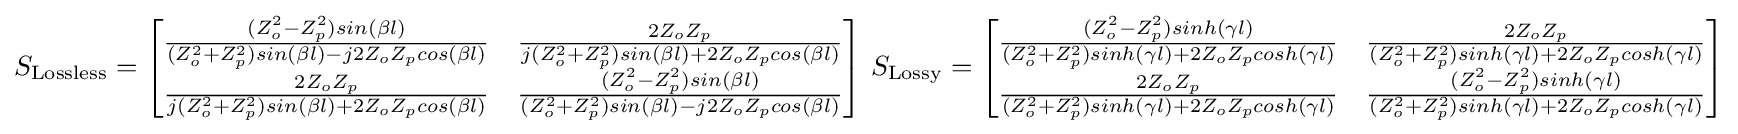
S_{\text{Lossless}}={\begin{bmatrix}{\frac {(Z_{o}^{2}-Z_{p}^{2})sin(\beta l)}{(Z_{o}^{2}+Z_{p}^{2})sin(\beta l)-j2Z_{o}Z_{p}cos(\beta l)}}&{\frac {2Z_{o}Z_{p}}{j(Z_{o}^{2}+Z_{p}^{2})sin(\beta l)+2Z_{o}Z_{p}cos(\beta l)}}\\{\frac {2Z_{o}Z_{p}}{j(Z_{o}^{2}+Z_{p}^{2})sin(\beta l)+2Z_{o}Z_{p}cos(\beta l)}}&{\frac {(Z_{o}^{2}-Z_{p}^{2})sin(\beta l)}{(Z_{o}^{2}+Z_{p}^{2})sin(\beta l)-j2Z_{o}Z_{p}cos(\beta l)}}\end{bmatrix}}{\text{    }}S_{\text{Lossy}}={\begin{bmatrix}{\frac {(Z_{o}^{2}-Z_{p}^{2})sinh(\gamma l)}{(Z_{o}^{2}+Z_{p}^{2})sinh(\gamma l)+2Z_{o}Z_{p}cosh(\gamma l)}}&{\frac {2Z_{o}Z_{p}}{(Z_{o}^{2}+Z_{p}^{2})sinh(\gamma l)+2Z_{o}Z_{p}cosh(\gamma l)}}\\{\frac {2Z_{o}Z_{p}}{(Z_{o}^{2}+Z_{p}^{2})sinh(\gamma l)+2Z_{o}Z_{p}cosh(\gamma l)}}&{\frac {(Z_{o}^{2}-Z_{p}^{2})sinh(\gamma l)}{(Z_{o}^{2}+Z_{p}^{2})sinh(\gamma l)+2Z_{o}Z_{p}cosh(\gamma l)}}\end{bmatrix}}